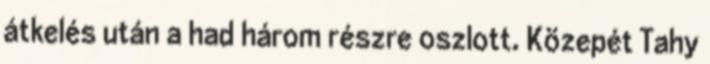
átkelés után a had három részre oszlott. Közepét Tahy